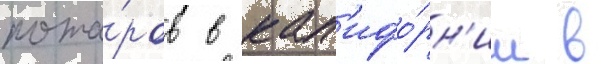
пожа́ров в кал'ифо́рн'ии в